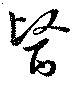
醫